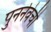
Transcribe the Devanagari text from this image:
पुनर्नवेची